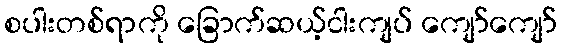
စပါးတစ်ရာကို ခြောက်ဆယ့်ငါးကျပ် ကျော်ကျော်